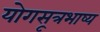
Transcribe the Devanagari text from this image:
योगसूत्रभाष्य